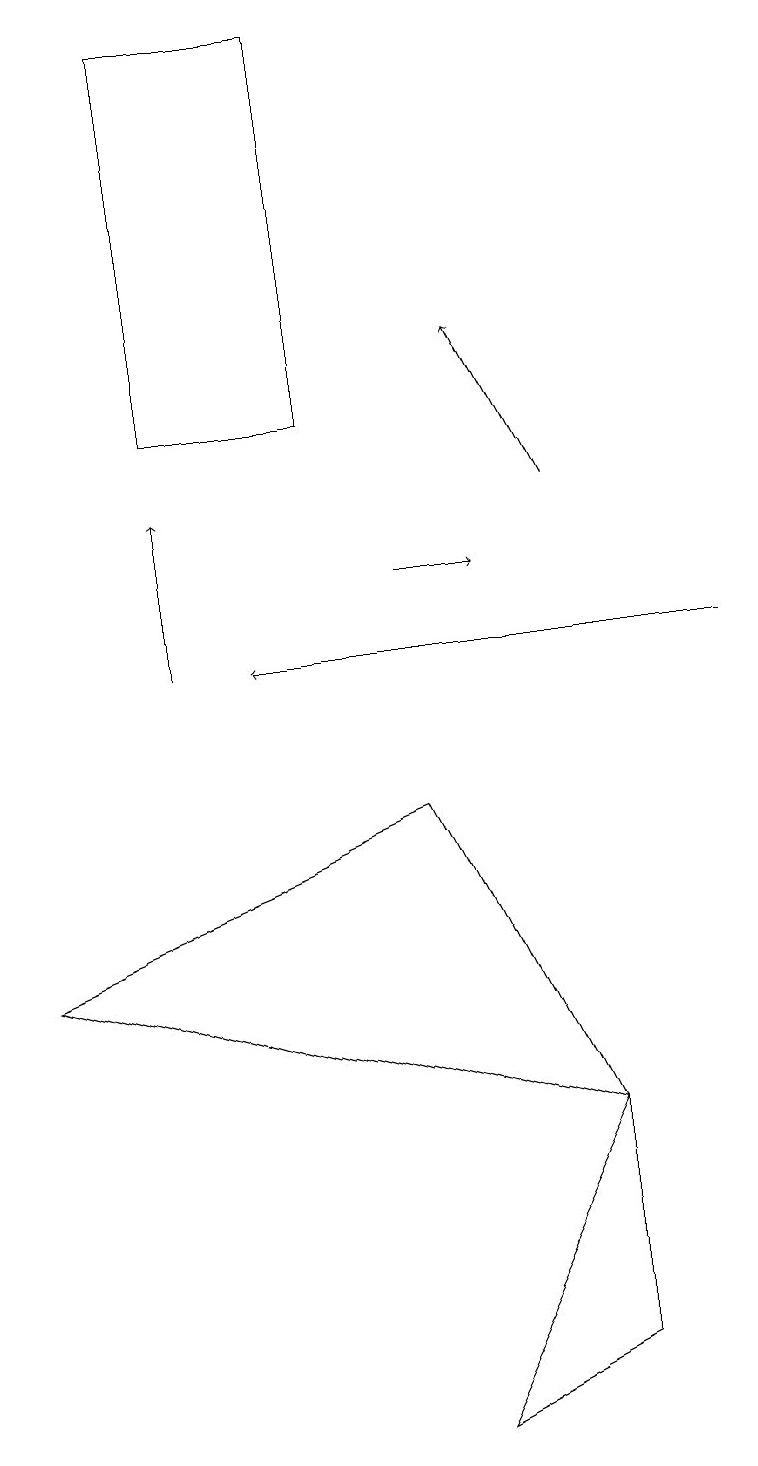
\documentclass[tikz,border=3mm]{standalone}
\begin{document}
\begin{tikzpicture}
\draw (5,8) -- (0,6) -- (7,4) -- cycle;
\draw[->] (7,12) -- (6,14);
\draw (2,18) rectangle (4,13);
\draw[->] (9,10) -- (3,10);
\draw (5,0) -- (7,4) -- (7,1) -- cycle;
\draw[->] (5,11) -- (6,11);
\draw[->] (2,10) -- (2,12);
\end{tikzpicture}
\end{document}